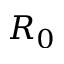
R _ { 0 }